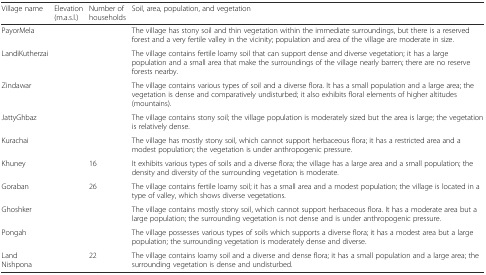
<table><thead><tr><td><b>Village name</b></td><td><b>Elevation (m.a.s.l.)</b></td><td><b>Number of households</b></td><td><b>Soil, area, population, and vegetation</b></td></tr></thead><tbody><tr><td>PayorMela</td><td>[EMPTY_CELL]</td><td>[EMPTY_CELL]</td><td>The village has stony soil and thin vegetation within the immediate surroundings, but there is a reserved forest and a very fertile valley in the vicinity; population and area of the village are moderate in size.</td></tr><tr><td>LandiKutherzai</td><td>[EMPTY_CELL]</td><td>[EMPTY_CELL]</td><td>The village contains fertile loamy soil that can support dense and diverse vegetation; it has a large population and a small area that make the surroundings of the village nearly barren; there are no reserve forests nearby.</td></tr><tr><td>Zindawar</td><td>[EMPTY_CELL]</td><td>[EMPTY_CELL]</td><td>The village contains various types of soil and a diverse flora. It has a small population and a large area; the vegetation is dense and comparatively undisturbed; it also exhibits floral elements of higher altitudes (mountains).</td></tr><tr><td>JattyGhbaz</td><td>[EMPTY_CELL]</td><td>[EMPTY_CELL]</td><td>The village contains stony soil; the village population is moderately sized but the area is large; the vegetation is relatively dense.</td></tr><tr><td>Kurachai</td><td>[EMPTY_CELL]</td><td>[EMPTY_CELL]</td><td>The village has mostly stony soil, which cannot support herbaceous flora; it has a restricted area and a modest population; the vegetation is under anthropogenic pressure.</td></tr><tr><td>Khuney</td><td>[EMPTY_CELL]</td><td>16</td><td>It exhibits various types of soils and a diverse flora; the village has a large area and a small population; the density and diversity of the surrounding vegetation is moderate.</td></tr><tr><td>Goraban</td><td>[EMPTY_CELL]</td><td>26</td><td>The village contains fertile loamy soil; it has a small area and a modest population; the village is located in a type of valley, which shows diverse vegetations.</td></tr><tr><td>Ghoshker</td><td>[EMPTY_CELL]</td><td>[EMPTY_CELL]</td><td>The village contains mostly stony soil, which cannot support herbaceous flora. It has a moderate area but a large population; the surrounding vegetation is not dense and is under anthropogenic pressure.</td></tr><tr><td>Pongah</td><td>[EMPTY_CELL]</td><td>[EMPTY_CELL]</td><td>The village possesses various types of soils which supports a diverse flora; it has a modest area but a large population; the surrounding vegetation is moderately dense and diverse.</td></tr><tr><td>Land Nishpona</td><td>[EMPTY_CELL]</td><td>22</td><td>The village contains loamy soil and a diverse and dense flora; it has a small population and a large area; the surrounding vegetation is dense and undisturbed.</td></tr></tbody></table>